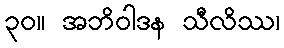
၃၀။ အဘိဝါဒန သီလိဿ၊